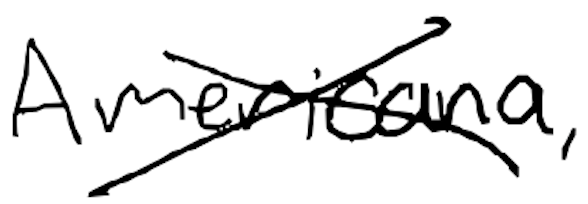
Text: Americana,
Cross-out: cross
Writing tool: digital_black